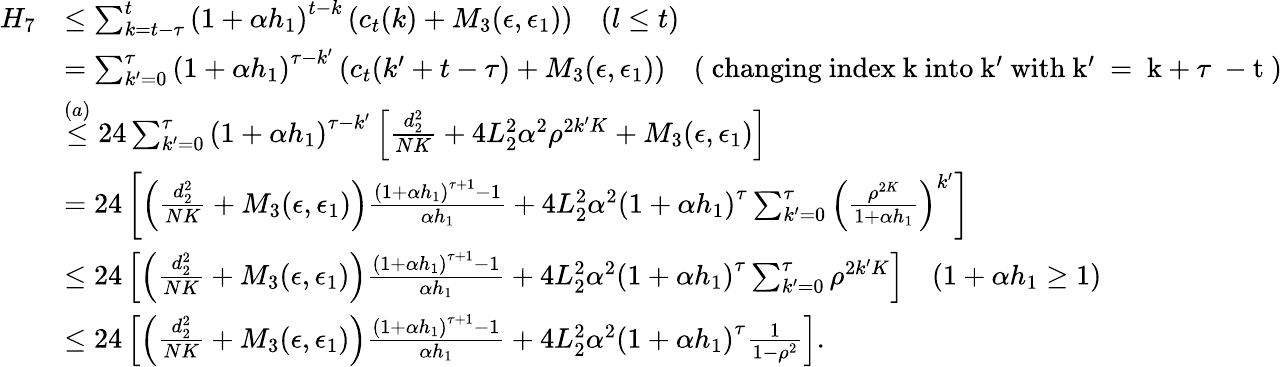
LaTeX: \begin{array}{rl}{H_{7}}&{\le\sum_{k=t-\tau}^{t}\left(1+\alpha h_{1}\right)^{t-k}\left(c_{t}(k)+M_{3}(\epsilon,\epsilon_{1})\right)\quad(l\le t)}\\ &{=\sum_{k^{\prime}=0}^{\tau}\left(1+\alpha h_{1}\right)^{\tau-k^{\prime}}\left(c_{t}(k^{\prime}+t-\tau)+M_{3}(\epsilon,\epsilon_{1})\right)\quad(\mathrm{~changing~index~k~into~k^{\prime}~with~k^{\prime}~=~k+\tau~-t~})}\\ &{\stackrel{(a)}{\le}24\sum_{k^{\prime}=0}^{\tau}\left(1+\alpha h_{1}\right)^{\tau-k^{\prime}}\left[\frac{d_{2}^{2}}{NK}+4L_{2}^{2}\alpha^{2}\rho^{2k^{\prime}K}+M_{3}(\epsilon,\epsilon_{1})\right]}\\ &{=24\left[\left(\frac{d_{2}^{2}}{NK}+M_{3}(\epsilon,\epsilon_{1})\right)\frac{\left(1+\alpha h_{1}\right)^{\tau+1}-1}{\alpha h_{1}}+4L_{2}^{2}\alpha^{2}\left(1+\alpha h_{1}\right)^{\tau}\sum_{k^{\prime}=0}^{\tau}\left(\frac{\rho^{2K}}{1+\alpha h_{1}}\right)^{k^{\prime}}\right]}\\ &{\leq 24\left[\left(\frac{d_{2}^{2}}{NK}+M_{3}(\epsilon,\epsilon_{1})\right)\frac{\left(1+\alpha h_{1}\right)^{\tau+1}-1}{\alpha h_{1}}+4L_{2}^{2}\alpha^{2}\left(1+\alpha h_{1}\right)^{\tau}\sum_{k^{\prime}=0}^{\tau}\rho^{2k^{\prime}K}\right]\quad(1+\alpha h_{1}\ge 1)}\\ &{\leq 24\left[\left(\frac{d_{2}^{2}}{NK}+M_{3}(\epsilon,\epsilon_{1})\right)\frac{\left(1+\alpha h_{1}\right)^{\tau+1}-1}{\alpha h_{1}}+4L_{2}^{2}\alpha^{2}\left(1+\alpha h_{1}\right)^{\tau}\frac{1}{1-\rho^{2}}\right].}\end{array}